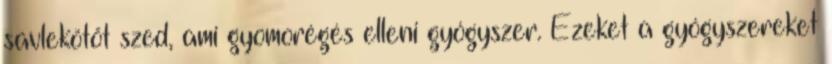
savlekötőt szed, ami gyomorégés elleni gyógyszer. Ezeket a gyógyszereket